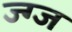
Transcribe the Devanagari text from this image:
ज्ग्ज